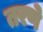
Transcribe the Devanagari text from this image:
तरणे